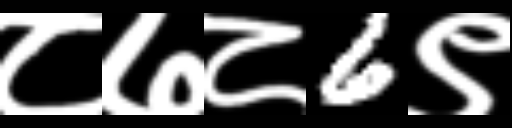
Text: ८७८6९